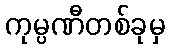
ကုမ္ပဏီတစ်ခုမှ